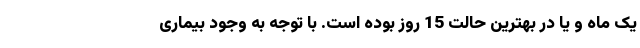
یک ماه و یا در بهترین حالت 15 روز بوده است. با توجه به وجود بیماری